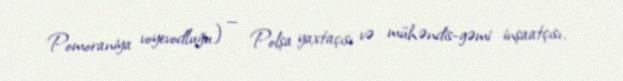
Pomoraniya voyevodluğu) — Polşa yaxtaçısı və mühəndis-gəmi inşaatçısı.